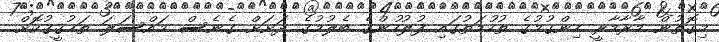
މިގޮތުން މާރާމާރީ ހިންގުމުގެ ތުހުމަތުގައި ފުލުހުންގެ ބެލުމުގެ ދަށަށް ގެނެސް މައްސަލަ ތަޙުޤީޤުކޮށް